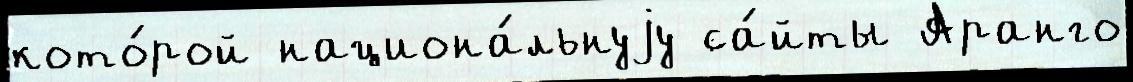
кото́рой национа́льнуjу са́йты Аранго